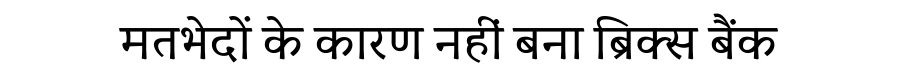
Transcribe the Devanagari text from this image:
मतभेदों के कारण नहीं बना ब्रिक्स बैंक